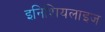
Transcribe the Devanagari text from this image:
इनिशियलाइज